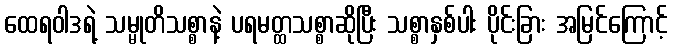
ထေရဝါဒရဲ့ သမ္မုတိသစ္စာနဲ့ ပရမတ္ထသစ္စာဆိုပြီး သစ္စာနှစ်ပါး ပိုင်းခြား အမြင်ကြောင့်